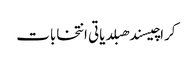
کراچیسندھبلدیاتی انتخابات